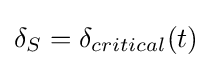
\delta _{S}=\delta _{critical}(t)